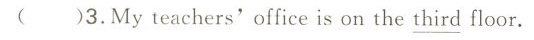
( )3.My teachers'office is on the\underline{ third }floor.